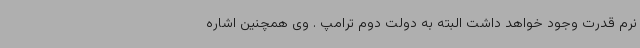
نرم قدرت وجود خواهد داشت البته به دولت دوم ترامپ . وی همچنین اشاره